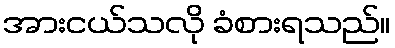
အားငယ်သလို ခံစားရသည်။